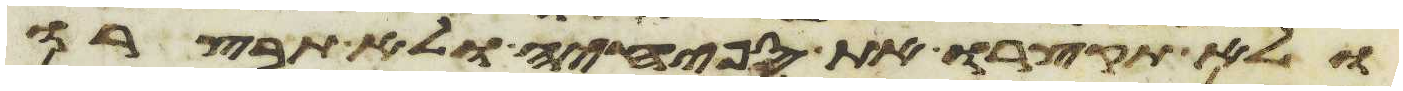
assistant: ולא תקצרו את ספחיה ולא תבצרו